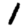
Digit: 1